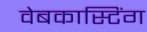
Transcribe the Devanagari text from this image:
वेबकास्टिंग